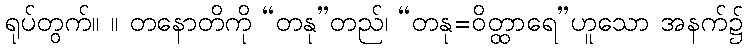
ရုပ်တွက်။ ။ တနောတိကို “တနု”တည်၊ “တနု=ဝိတ္ထာရေ”ဟူသော အနက်၌